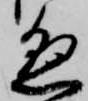
懸